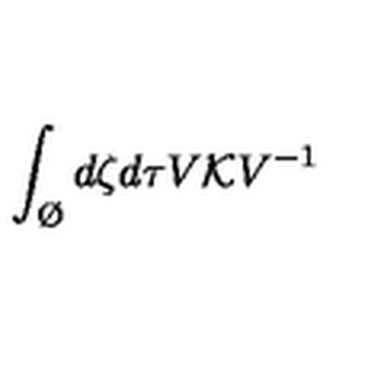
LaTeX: \int _ { \O } d \zeta d \tau V { \cal K } V ^ { - 1 }